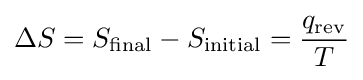
\Delta S=S_{\mathrm {final} }-S_{\mathrm {initial} }={\frac {q_{\mathrm {rev} }}{T}}